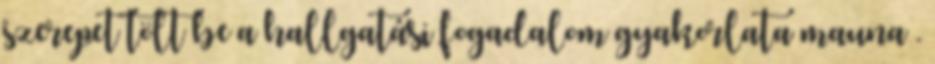
szerepet tölt be a hallgatási fogadalom gyakorlata mauna .